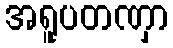
အရူပတဏှာ